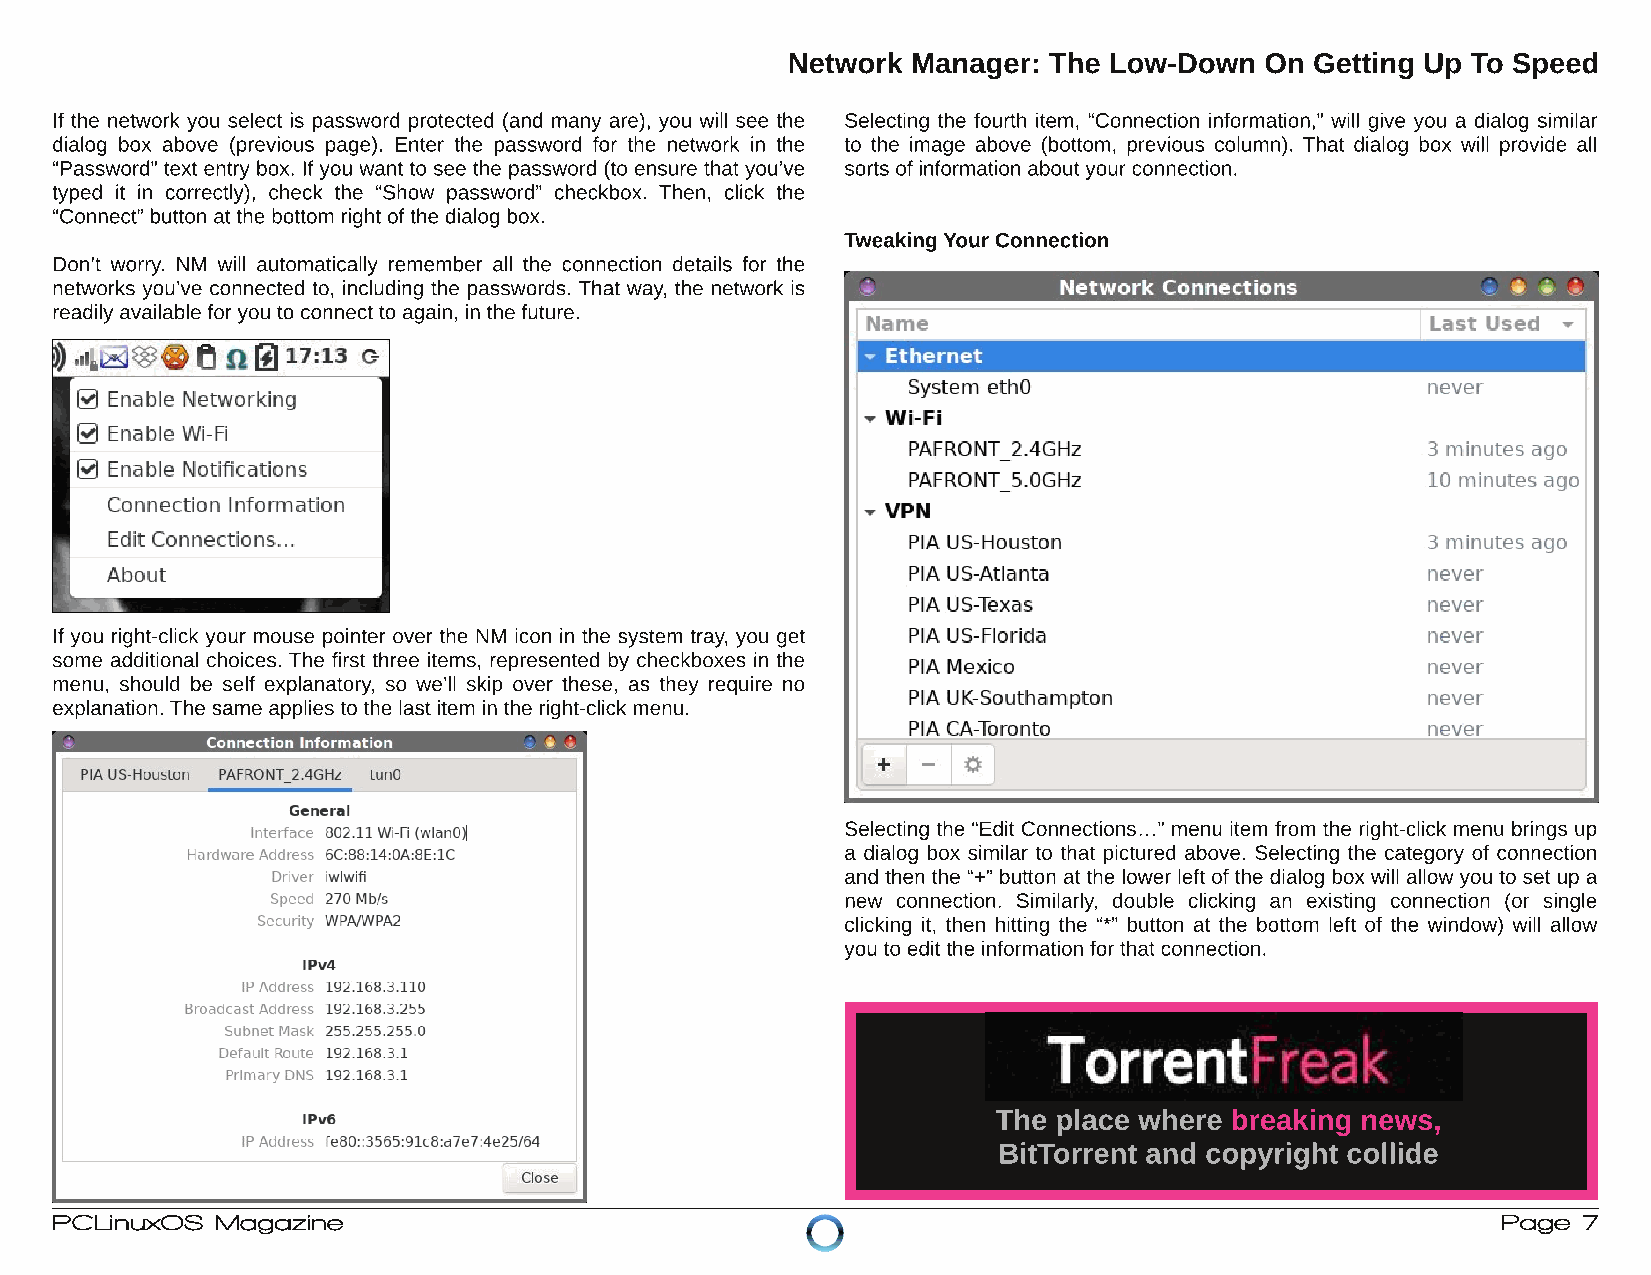
Network Manager: The Low-Down   On Getting Up To Speed
 If the network you select is password protected (and many are), you will see the Selecting the fourth item, “Connection information,” will give you a dialog similar
 dialog box above (previous page). Enter the password for the network in the to the image above (bottom, previous column). That dialog box will provide all
 “Password” text entrybox. Ifyou want to see the password (to ensure that you’ve sorts ofinformation aboutyourconnection.
 typed it in correctly), check the “Show password” checkbox. Then, click the
 “Connect” button atthe bottom rightofthe dialog box.
 Tweaking YourConnection
 Don’t worry. NM will automatically remember all the connection details for the
 networks you’ve connected to, including the passwords. That way, the network is
 readilyavailable foryou to connectto again, in the future.
 If you right-click your mouse pointer over the NM icon in the system tray, you get
 some additional choices. The first three items, represented by checkboxes in the
 menu, should be self explanatory, so we’ll skip over these, as they require no
 explanation. The same applies to the lastitem in the right-clickmenu.
 Selecting the “Edit Connections…” menu item from the right-click menu brings up
 a dialog box similar to that pictured above. Selecting the category of connection
 and then the “+” button atthe lower leftofthe dialog box will allowyou to setup a
 new connection. Similarly, double clicking an existing connection (or single
 clicking it, then hitting the “*” button at the bottom left of the window) will allow
 you to editthe information forthatconnection.
 The place where breaking news,
 BitTorrent and copyright collide
 PCLinuxOS  Magazine                                                                             Page  7